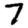
Digit: 7